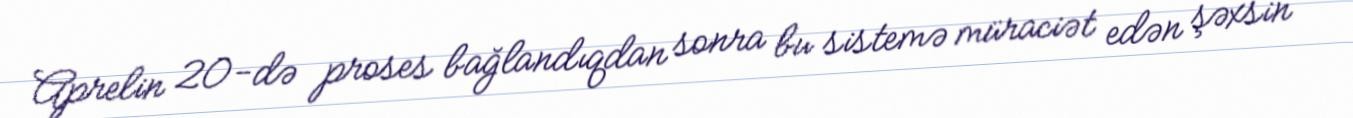
Aprelin 20-də proses bağlandıqdan sonra bu sistemə müraciət edən şəxsin